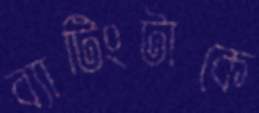
ব্যাটিংটাকে